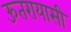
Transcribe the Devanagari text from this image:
ऊतरायासी